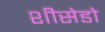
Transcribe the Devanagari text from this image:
शीसेडो